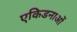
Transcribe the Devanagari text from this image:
एकिडनाओं